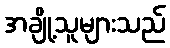
အချို့သူများသည်